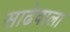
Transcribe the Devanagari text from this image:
साढेवाला